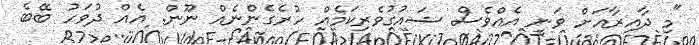
"މި ދާއިރާއަށް ވަނީ އެއްވެސް ޝައުުގުވެރިކަމެއް ހުރެގެންނެއް ނޫން. އެއް ދުވަހު ބޭބެ